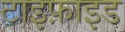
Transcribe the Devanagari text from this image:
टाइफ़ाइड